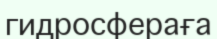
гидросфераға